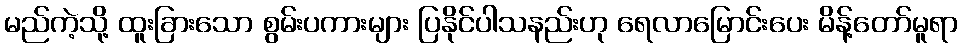
မည်ကဲ့သို့ ထူးခြားသော စွမ်းပကားများ ပြနိုင်ပါသနည်းဟု ရေလာမြောင်းပေး မိန့်တော်မူရာ